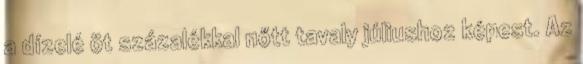
a dízelé öt százalékkal nőtt tavaly júliushoz képest. Az